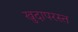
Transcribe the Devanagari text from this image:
खुदापरस्त